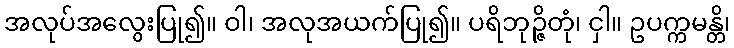
အလုပ်အလွေးပြု၍။ ဝါ၊ အလုအယက်ပြု၍။ ပရိဘုဉ္ဇိတုံ၊ ငှါ။ ဥပက္ကမန္တိ၊